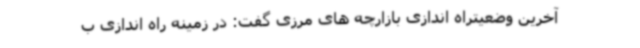
آخرین وضعیتراه اندازی بازارچه های مرزی گفت: در زمینه راه اندازی ب